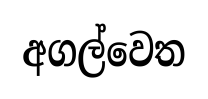
අගල්වෙත